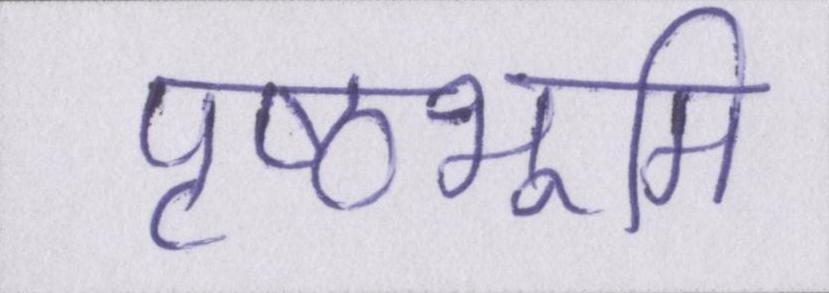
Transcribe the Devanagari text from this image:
पृष्ठभूमि